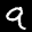
Label: 9